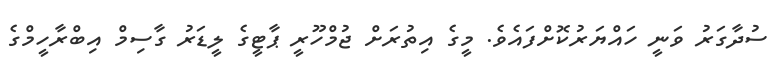
ސުދާގަރު ވަނީ ހައްޔަރުކޮށްފައެވެ. މީގެ އިތުރަށް ޖުމްހޫރީ ޕާޓީގެ ލީޑަރު ގާސިމް އިބްރާހީމްގެ